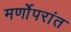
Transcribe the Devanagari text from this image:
मर्णोपरांत